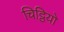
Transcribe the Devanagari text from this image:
चिट्ठियो